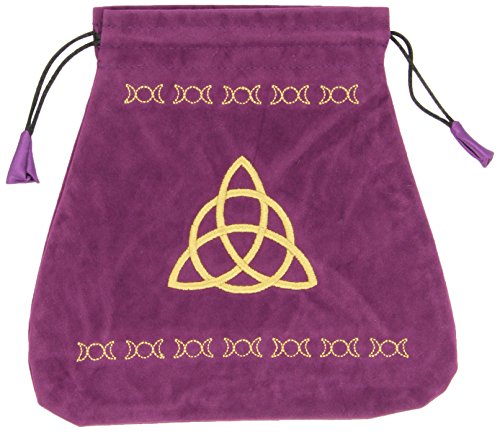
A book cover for Triple Goddess Velvet Bag (Bolsas de Lo Scarabeo Tarot Bags From Lo Scarabeo); Lo Scarabeo; Religion & Spirituality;